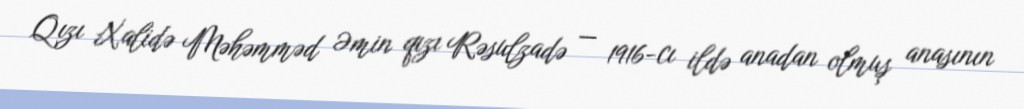
Qızı Xalidə Məhəmməd Əmin qızı Rəsulzadə — 1916-cı ildə anadan olmuş anasının